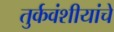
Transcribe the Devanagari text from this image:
तुर्कवंशीयांचे